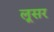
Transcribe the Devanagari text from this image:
लूसर